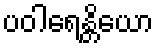
ပဝါရေန္တိယော